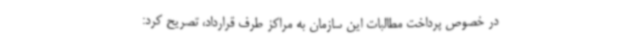
در خصوص پرداخت مطالبات این سازمان به مراکز طرف قرارداد، تصریح کرد: